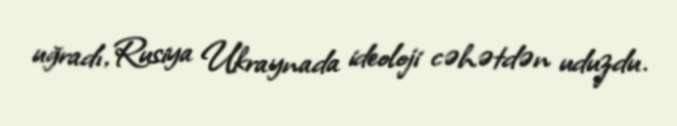
uğradı, Rusiya Ukraynada ideoloji cəhətdən uduzdu.